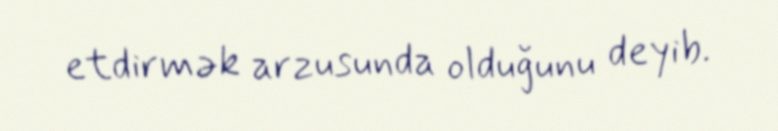
etdirmək arzusunda olduğunu deyib.